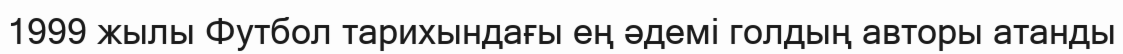
1999 жылы Футбол тарихындағы ең әдемі голдың авторы атанды